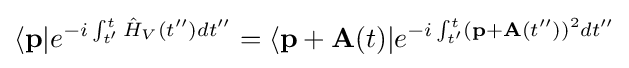
\langle {\textbf {p}}|e^{-i\int _{t'}^{t}{\hat {H}}_{V}(t'')dt''}=\langle {\textbf {p}}+{\textbf {A}}(t)|e^{-i\int _{t'}^{t}({\textbf {p}}+{\textbf {A}}(t''))^{2}dt''}